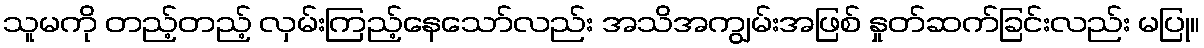
သူမကို တည့်တည့် လှမ်းကြည့်နေသော်လည်း အသိအကျွမ်းအဖြစ် နှုတ်ဆက်ခြင်းလည်း မပြု။